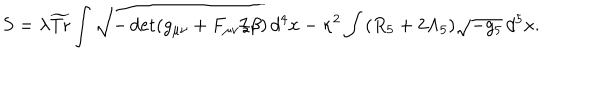
LaTeX: S = \lambda \widetilde { \mathrm { T r } } \int \sqrt { - \det ( g _ { \mu \nu } + F _ { \mu \nu } / \beta ) } \, d ^ { 4 } x - \kappa ^ { 2 } \int \, ( R _ { 5 } + 2 \Lambda _ { 5 } ) \sqrt { - g _ { 5 } } \, d ^ { 5 } x .